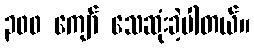
၃၀၀ ကျော် သေဆုံးခဲ့ပါတယ်။